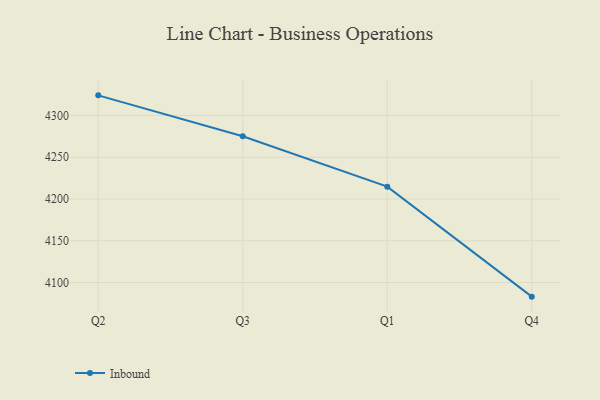
{"axis": {"x": "Quarter", "y": "Revenue (USD Million)"}, "legend": ["Inbound"], "data": [{"x": "Q2", "y": 4324.1, "type": "Inbound"}, {"x": "Q3", "y": 4275.1, "type": "Inbound"}, {"x": "Q1", "y": 4214.8, "type": "Inbound"}, {"x": "Q4", "y": 4083.1, "type": "Inbound"}]}